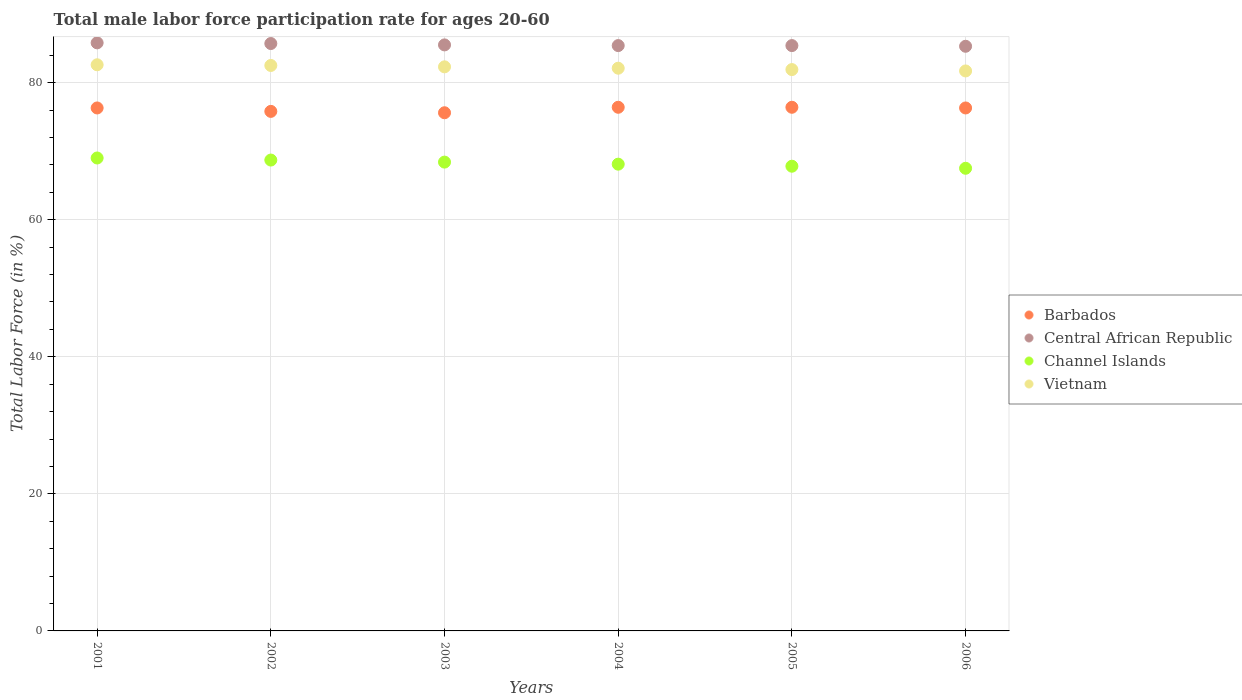
| Years | Barbados | Central African Republic | Channel Islands | Vietnam |
 | --- | --- | --- | --- | --- |
 | 2001 | 76.3 | 85.8 | 69 | 82.6 |
 | 2002 | 75.8 | 85.7 | 68.7 | 82.5 |
 | 2003 | 75.6 | 85.5 | 68.4 | 82.3 |
 | 2004 | 76.4 | 85.4 | 68.1 | 82.1 |
 | 2005 | 76.4 | 85.4 | 67.8 | 81.9 |
 | 2006 | 76.3 | 85.3 | 67.5 | 81.7 |